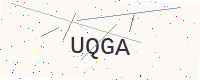
Text: UQGA